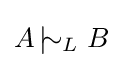
A\,|\!\!\!\sim _{L}B